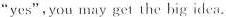
“yes”，you may get the big idea.